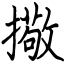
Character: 擏